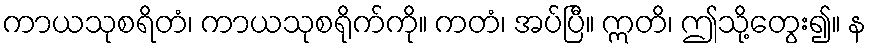
ကာယသုစရိတံ၊ ကာယသုစရိုက်ကို။ ကတံ၊ အပ်ပြီ။ ဣတိ၊ ဤသို့တွေး၍။ န